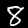
Label: 8